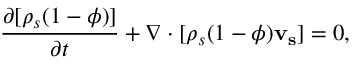
\frac { \partial [ \rho _ { s } ( 1 - \phi ) ] } { \partial t } + \nabla \cdot [ \rho _ { s } ( 1 - \phi ) \mathbf { v _ { s } } ] = 0 ,